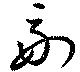
副